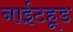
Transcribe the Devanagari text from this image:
नाईटहूड